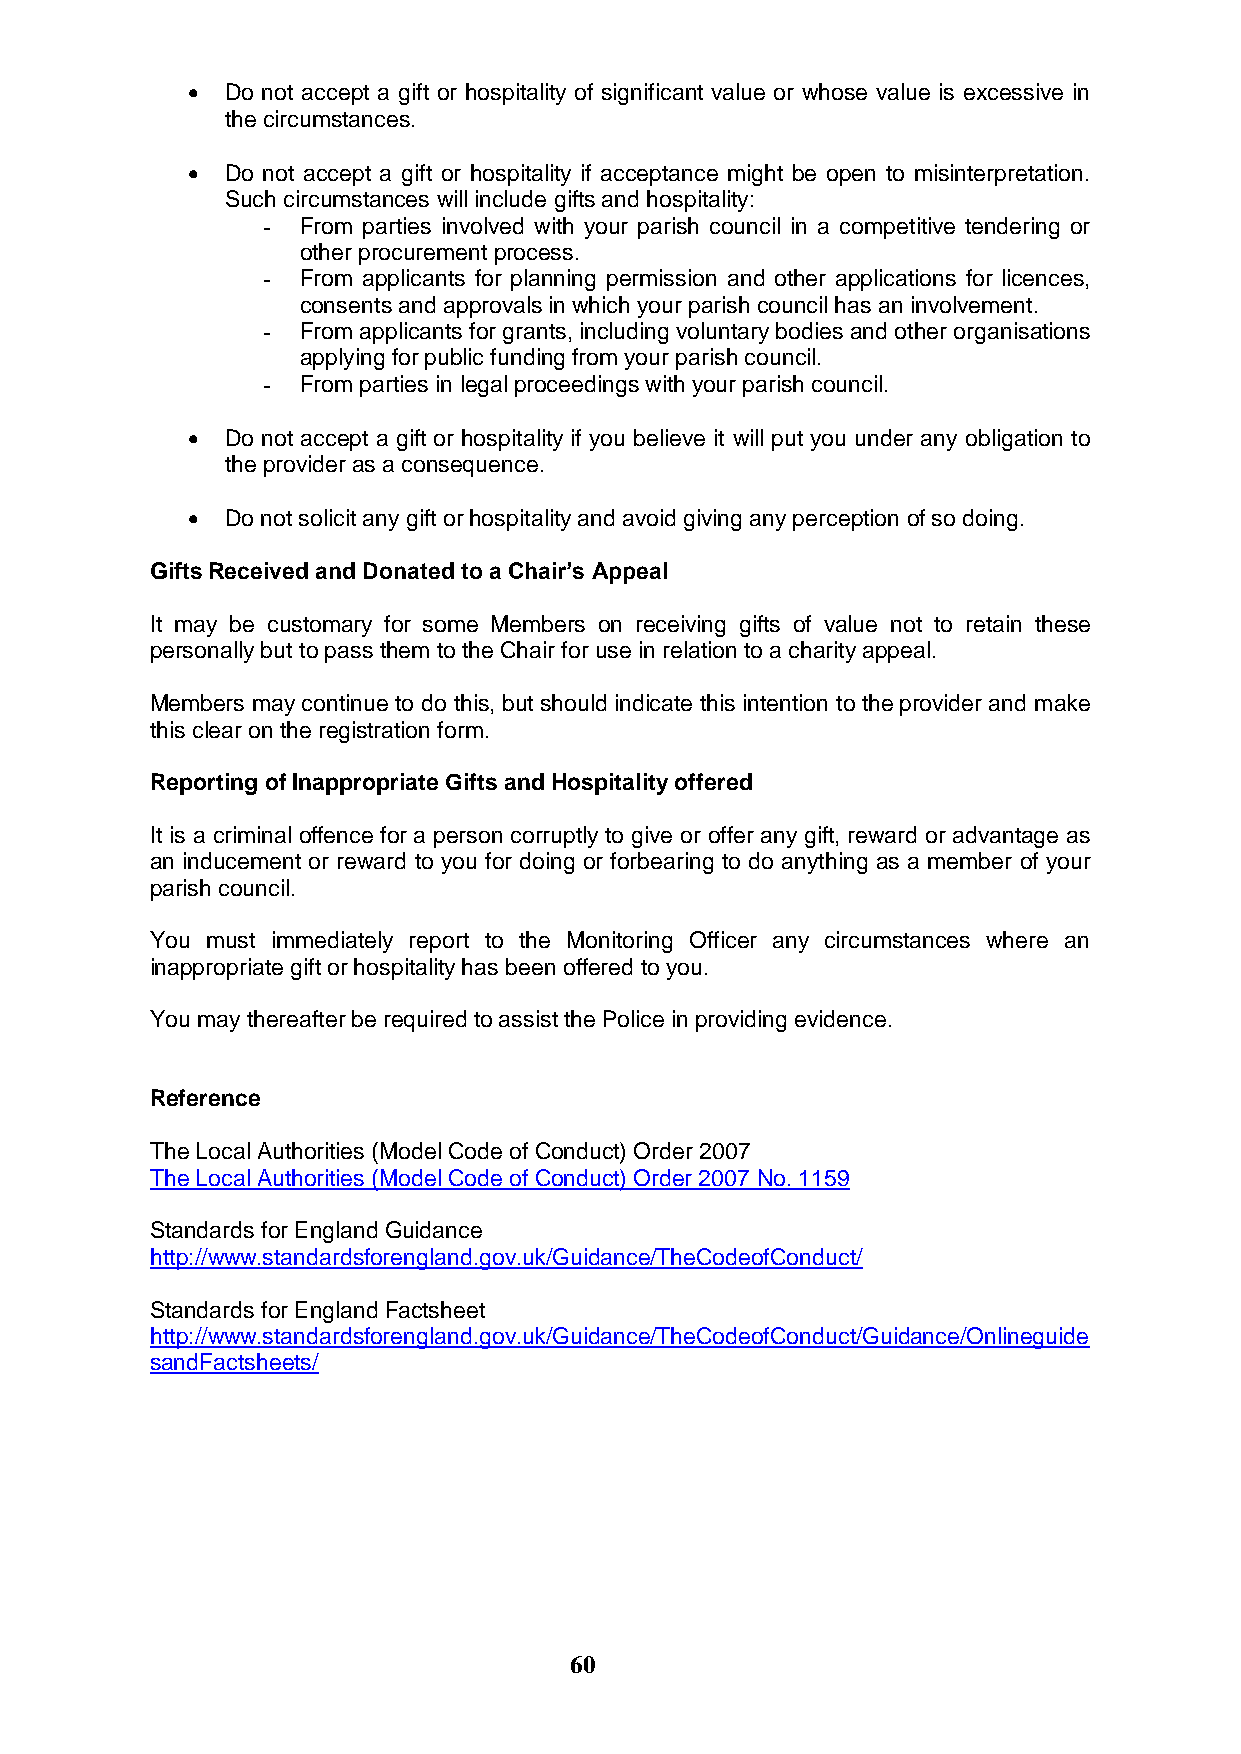
  Do not accept a gift or hospitality of significant value or whose value is excessive in
 the circumstances.
   Do not accept a gift or hospitality if acceptance might be open to misinterpretation.
 Such circumstances will include gifts and hospitality:
 -  From parties involved with your parish council in a competitive tendering or
 other procurement process.
 -  From applicants for planning permission and other applications for licences,
 consents and approvals in which your parish council has an involvement.
 -  From applicants for grants, including voluntary bodies and other organisations
 applying for public funding from your parish council.
 -  From parties in legal proceedings with your parish council.
   Do not accept a gift or hospitality if you believe it will put you under any obligation to
 the provider as a consequence.
   Do not solicit any gift or hospitality and avoid giving any perception of so doing.
 Gifts Received and Donated to a Chair’s Appeal
 It may be customary for some Members on receiving gifts of value not to retain these
 personally but to pass them to the Chair for use in relation to a charity appeal.
 Members may continue to do this, but should indicate this intention to the provider and make
 this clear on the registration form.
 Reporting of Inappropriate Gifts and Hospitality offered
 It is a criminal offence for a person corruptly to give or offer any gift, reward or advantage as
 an inducement or reward to you for doing or forbearing to do anything as a member of your
 parish council.
 You must immediately report to the Monitoring Officer any circumstances where an
 inappropriate gift or hospitality has been offered to you.
 You may thereafter be required to assist the Police in providing evidence.
 Reference
 The Local Authorities (Model Code of Conduct) Order 2007
 The Local Authorities (Model Code of Conduct) Order 2007 No. 1159
 Standards for England Guidance
 http://www.standardsforengland.gov.uk/Guidance/TheCodeofConduct/
 Standards for England Factsheet
 http://www.standardsforengland.gov.uk/Guidance/TheCodeofConduct/Guidance/Onlineguide
 sandFactsheets/
 60